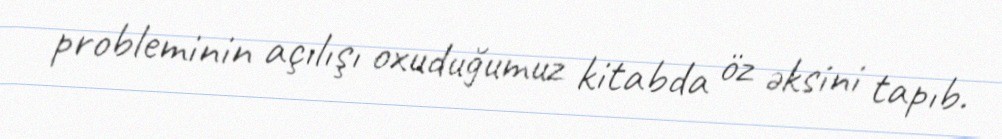
probleminin açılışı oxuduğumuz kitabda öz əksini tapıb.